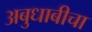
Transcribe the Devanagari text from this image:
अबुधाबीचा